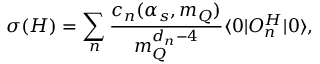
\sigma ( H ) = \sum _ { n } { \frac { c _ { n } ( \alpha _ { s } , m _ { Q } ) } { m _ { Q } ^ { d _ { n } - 4 } } } \langle 0 | { \cal O } _ { n } ^ { H } | 0 \rangle ,